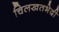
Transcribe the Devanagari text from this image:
चिलखतभेदी